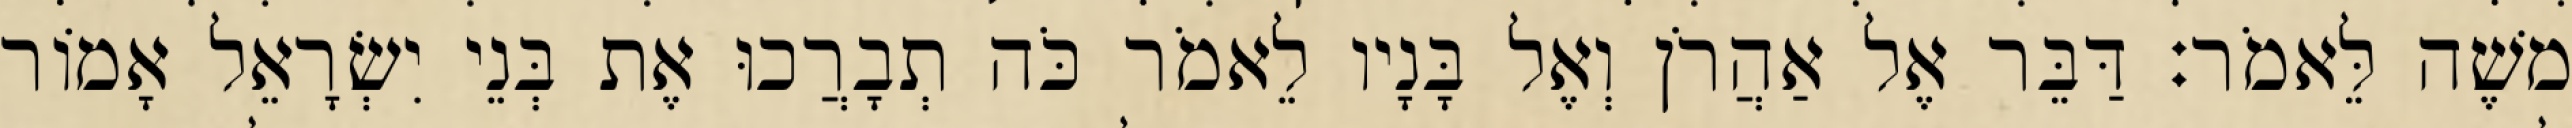
משֶׁה לֵּאמֹר׃ דַּבֵּר אֶל אַהֲרֹן וְאֶל בָּנָיו לֵאמֹר כֹּה תְבָרֲכוּ אֶת בְּנֵי יִשְׂרָאֵל אָמוֹר